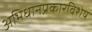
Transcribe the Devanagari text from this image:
अभिधानप्रकारविशेष